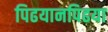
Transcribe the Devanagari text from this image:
पिढयानपिढया